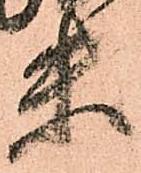
未